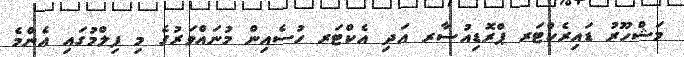
މަޝްހޫރު ޑައިރެކްޓަރ ޕްރޮޑިއުސާރ އަދި އެކްޓަރ ހުސެއިން މުނައްވަރުގެ މި ފިލްމުގައި އެންމެ